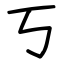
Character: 丂